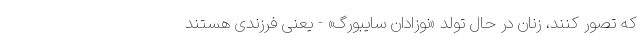
که تصور کنند، زنان در حال تولد «نوزادان سایبورگ» - یعنی فرزندی هستند